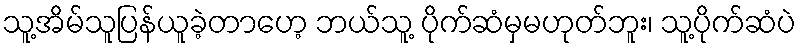
သူ့အိမ်သူပြန်ယူခဲ့တာဟေ့ ဘယ်သူ့ ပိုက်ဆံမှမဟုတ်ဘူး၊ သူ့ပိုက်ဆံပဲ